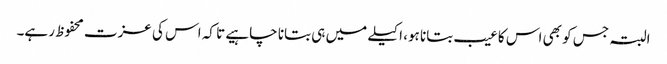
البتہ جس کو بھی اس کا عیب بتانا ہو، اکیلے میں ہی بتانا چاہیے تا کہ اس کی عزت محفوظ رہے۔